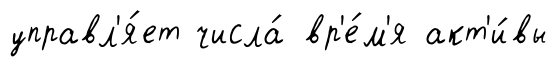
управл'я́ет числа́ вр'е́м'я акт'и́вы